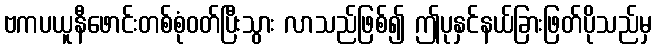
ဗကပယူနီဖောင်းတစ်စုံဝတ်ပြီးသွား လာသည်ဖြစ်၍ ဤပုနှင်နယ်ခြားဖြတ်ပိုသည်မှ